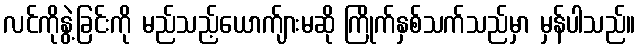
လင်ကိုနွဲ့ခြင်းကို မည်သည့်ယောက်ျားမဆို ကြိုက်နှစ်သက်သည်မှာ မှန်ပါသည်။